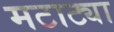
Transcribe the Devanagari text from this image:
मटाट्या